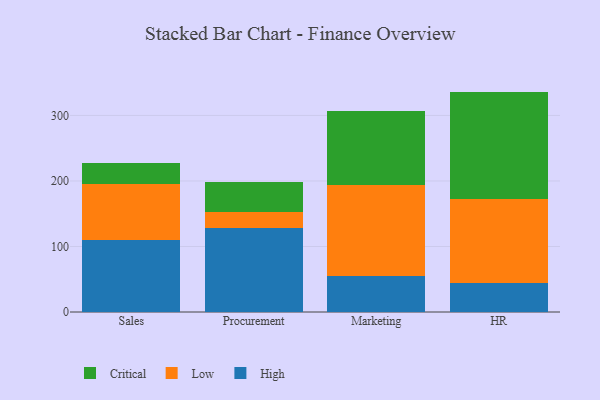
{"axis": {"x": "Department", "y": "LTV (USD)"}, "legend": ["Critical", "High", "Low"], "data": [{"x": "Sales", "y": 109.9, "type": "High"}, {"x": "Sales", "y": 85.7, "type": "Low"}, {"x": "Sales", "y": 32.4, "type": "Critical"}, {"x": "Procurement", "y": 128.2, "type": "High"}, {"x": "Procurement", "y": 24.0, "type": "Low"}, {"x": "Procurement", "y": 46.4, "type": "Critical"}, {"x": "Marketing", "y": 55.5, "type": "High"}, {"x": "Marketing", "y": 139.1, "type": "Low"}, {"x": "Marketing", "y": 112.8, "type": "Critical"}, {"x": "HR", "y": 43.6, "type": "High"}, {"x": "HR", "y": 128.6, "type": "Low"}, {"x": "HR", "y": 164.2, "type": "Critical"}]}